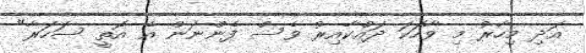
އަދި މިހާރު މި ވާހަކަ ދައްކާއިރު ވެސް ފެންނަން އެ އޮތީ ސަހަރާ"